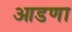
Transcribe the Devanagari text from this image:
आडणा